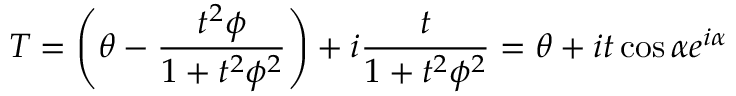
T = \left( \theta - \frac { t ^ { 2 } \phi } { 1 + t ^ { 2 } \phi ^ { 2 } } \right) + i \frac { t } { 1 + t ^ { 2 } \phi ^ { 2 } } = \theta + i t \cos \alpha e ^ { i \alpha }